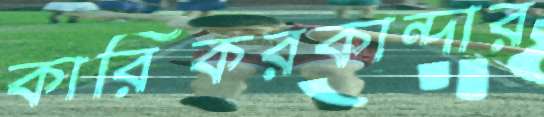
কারিকরকান্দার